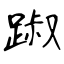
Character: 踧